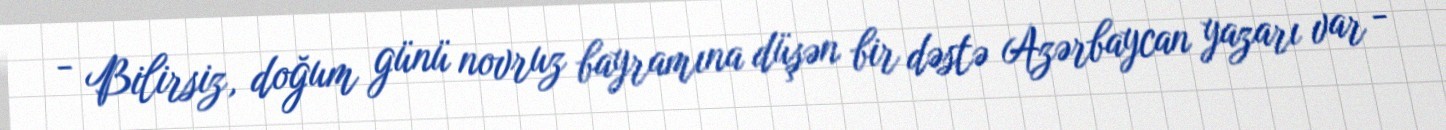
- Bilirsiz, doğum günü novruz bayramına düşən bir dəstə Azərbaycan yazarı var -